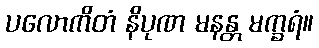
ပလောကိတံ နိပုဏ မနန္တ မက္ခရံ။